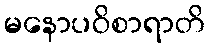
မနောပဝိစာရာတိ